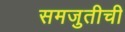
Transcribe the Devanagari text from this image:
समजुतीची